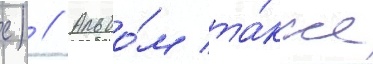
с) // Альбо́м та́кже